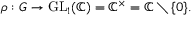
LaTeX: \rho : G \to { \mathrm { G L } } _ { 1 } ( \mathbb { C } ) = \mathbb { C } ^ { \times } = \mathbb { C } \setminus \{ 0 \} .